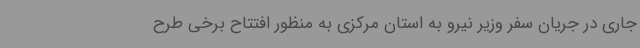
جاری در جریان سفر وزیر نیرو به استان مرکزی به منظور افتتاح برخی طرح